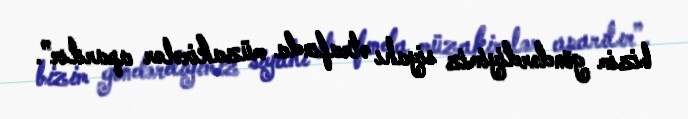
bizim göndərdiyimiz siyahı ətrafında müzakirələr aparılır”.